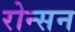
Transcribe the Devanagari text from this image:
रोन्सन